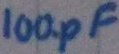
Text: 100pF